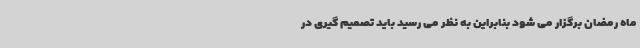
ماه رمضان برگزار می شود بنابراین به نظر می رسید باید تصمیم گیری در